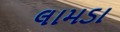
લામડા